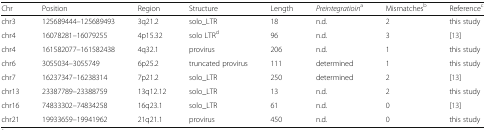
| Chr | Position | Region | Structure | Length | Preintegratioina | Mismatchesb | Referencec |
 | --- | --- | --- | --- | --- | --- | --- | --- |
 | chr3 | 125689444–125689493 | 3q21.2 | solo_LTR | 18 | n.d. | 2 | this study |
 | chr4 | 16078281–16079255 | 4p15.32 | solo LTRd | 96 | n.d. | 3 | [13] |
 | chr4 | 161582077–161582438 | 4q32.1 | provirus | 206 | n.d. | 1 | this study |
 | chr6 | 3055034–3055749 | 6p25.2 | truncated provirus | 111 | determined | 1 | this study |
 | chr7 | 16237347–16238314 | 7p21.2 | solo_LTR | 250 | determined | 2 | [13] |
 | chr13 | 23387789–23388759 | 13q12.12 | solo_LTR | 13 | n.d. | 2 | this study |
 | chr16 | 74833302–74834258 | 16q23.1 | solo_LTR | 61 | n.d. | 0 | [13] |
 | chr21 | 19933659–19941962 | 21q21.1 | provirus | 450 | n.d. | 0 | this study |